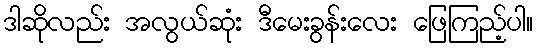
ဒါဆိုလည်း အလွယ်ဆုံး ဒီမေးခွန်းလေး ဖြေကြည့်ပါ။